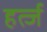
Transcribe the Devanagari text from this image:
हर्त्ज